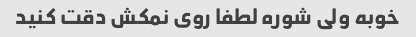
خوبه ولی شوره لطفا روی نمکش دقت کنید